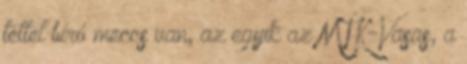
téttel bíró meccs van, az egyik az MTK-Vasas, a